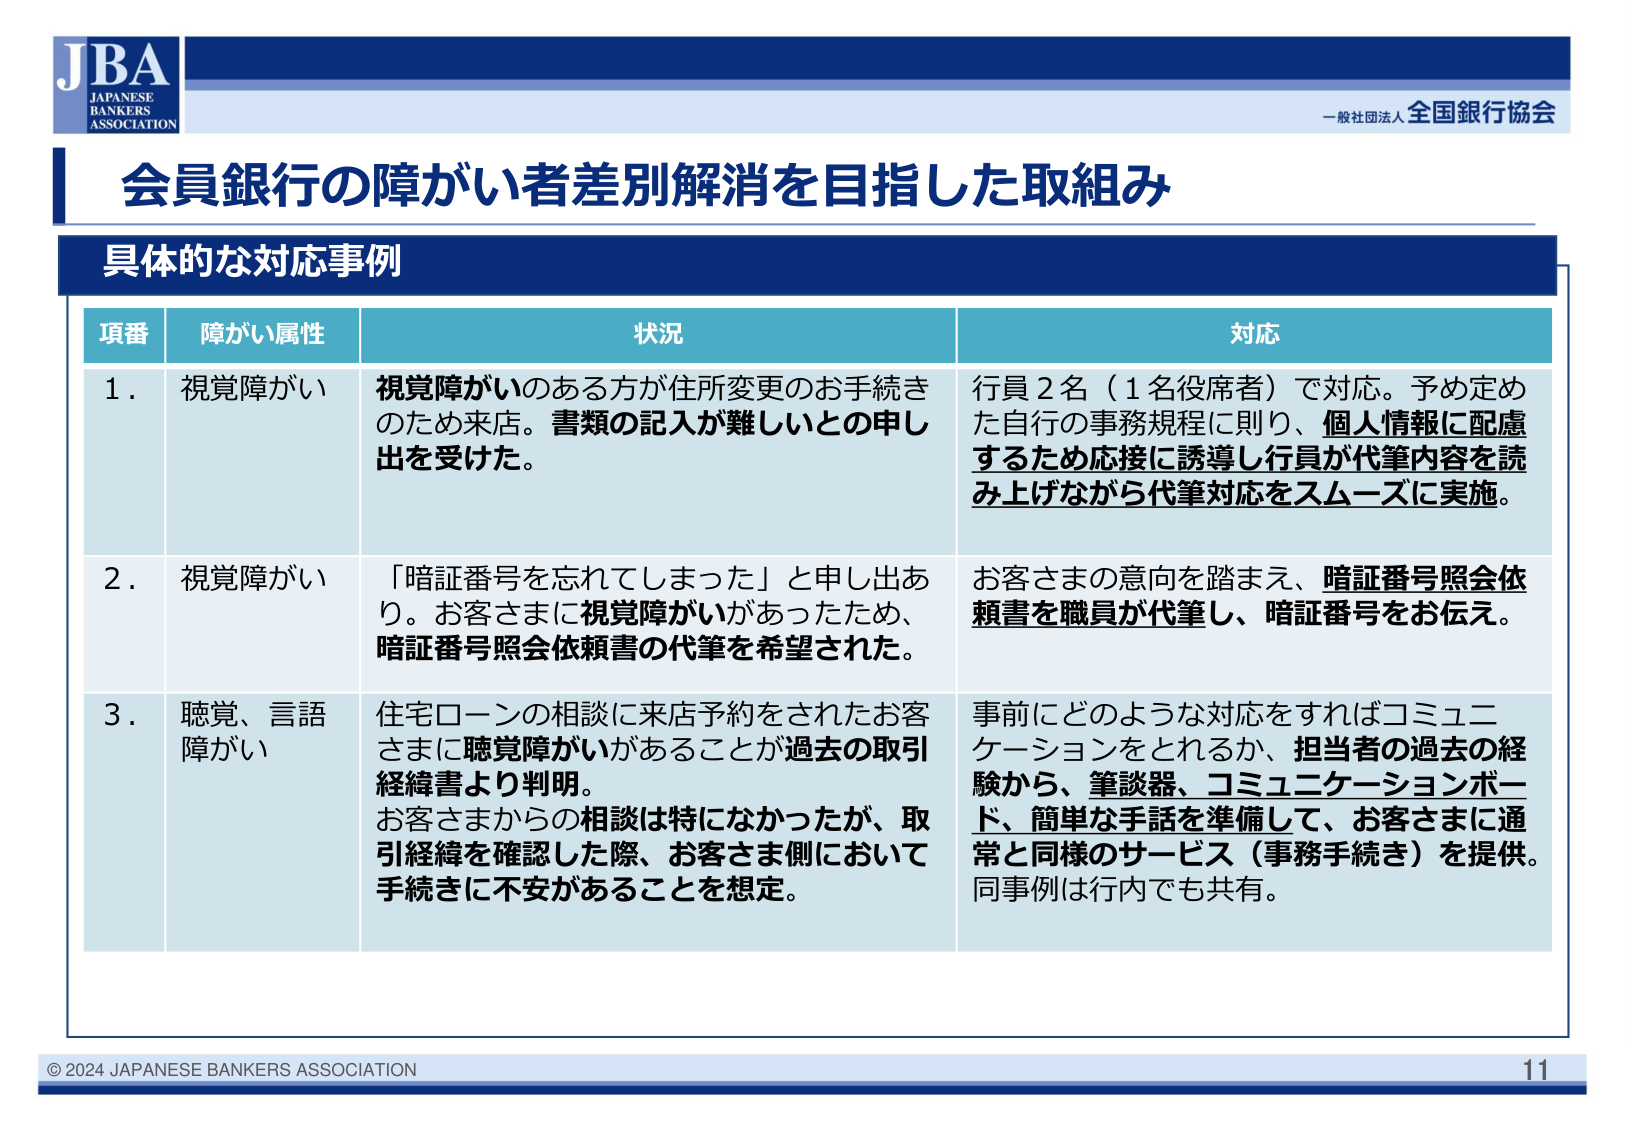
JBA
JAPANESE
BANKERS
ASSOCIATION

一般社団法人 全国銀行協会

会員銀行の障がい者差別解消を目指した取組み

具体的な対応事例

項番　障がい属性　状況　対応

1. 視覚障がい
視覚障がいのある方が住所変更のお手続きのため来店。書類の記入が難しいとの申し出を受けた。
行員2名（1名役席者）で対応。予め定めた自行の事務規程に則り、個人情報に配慮するため応接に誘導し行員が代筆内容を読み上げながら代筆対応をスムーズに実施。

2. 視覚障がい
「暗証番号を忘れてしまった」と申し出あり。お客さまに視覚障がいがあったため、暗証番号照会依頼書の代筆を希望された。
お客さまの意向を踏まえ、暗証番号照会依頼書を職員が代筆し、暗証番号をお伝え。

3. 聴覚、言語障がい
住宅ローンの相談に来店予約をされたお客さまに聴覚障がいがあることが過去の取引経緯書より判明。
お客さまからの相談は特になかったが、取引経緯を確認した際、お客さま側において手続きに不安があることを想定。
事前にどのような対応をすればコミュニケーションをとれるか、担当者の過去の経験から、筆談器、コミュニケーションボード、簡単な手話を準備して、お客さまに通常と同様のサービス（事務手続き）を提供。同事例は行内でも共有。

© 2024 JAPANESE BANKERS ASSOCIATION
11